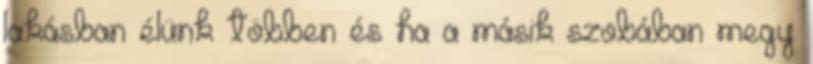
lakásban élünk többen és ha a másik szobában megy